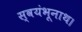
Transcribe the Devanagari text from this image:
स्वयंभूनाथ।